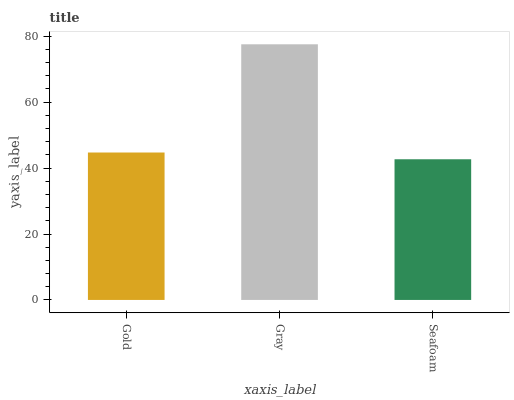
| xaxis_label | bars |
 | --- | --- |
 | Gold | 44.7 |
 | Gray | 77.5 |
 | Seafoam | 42.7 |